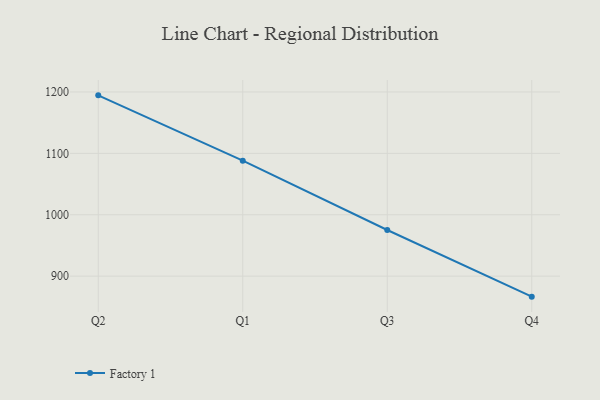
{"axis": {"x": "Quarter", "y": "Tickets Resolved"}, "legend": ["Factory 1"], "data": [{"x": "Q2", "y": 1194.5, "type": "Factory 1"}, {"x": "Q1", "y": 1088.1, "type": "Factory 1"}, {"x": "Q3", "y": 975.2, "type": "Factory 1"}, {"x": "Q4", "y": 866.6, "type": "Factory 1"}]}